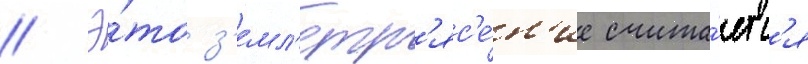
// Э́то з'емл'етр'яс'е́н'ие счита́етс'я